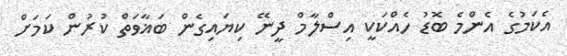
އެކަމުގެ އެންމެ ބޮޑު ހެއްކަކީ އިސްލާމް ދީނޭ ކިޔައިގެން ބަޣާވަތް ކުރުން ކަމަށް